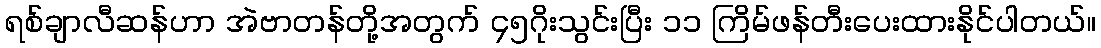
ရစ်ချာလီဆန်ဟာ အဲဗာတန်တို့အတွက် ၄၅ဂိုးသွင်းပြီး ၁၁ ကြိမ်ဖန်တီးပေးထားနိုင်ပါတယ်။